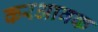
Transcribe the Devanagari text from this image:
करआवक